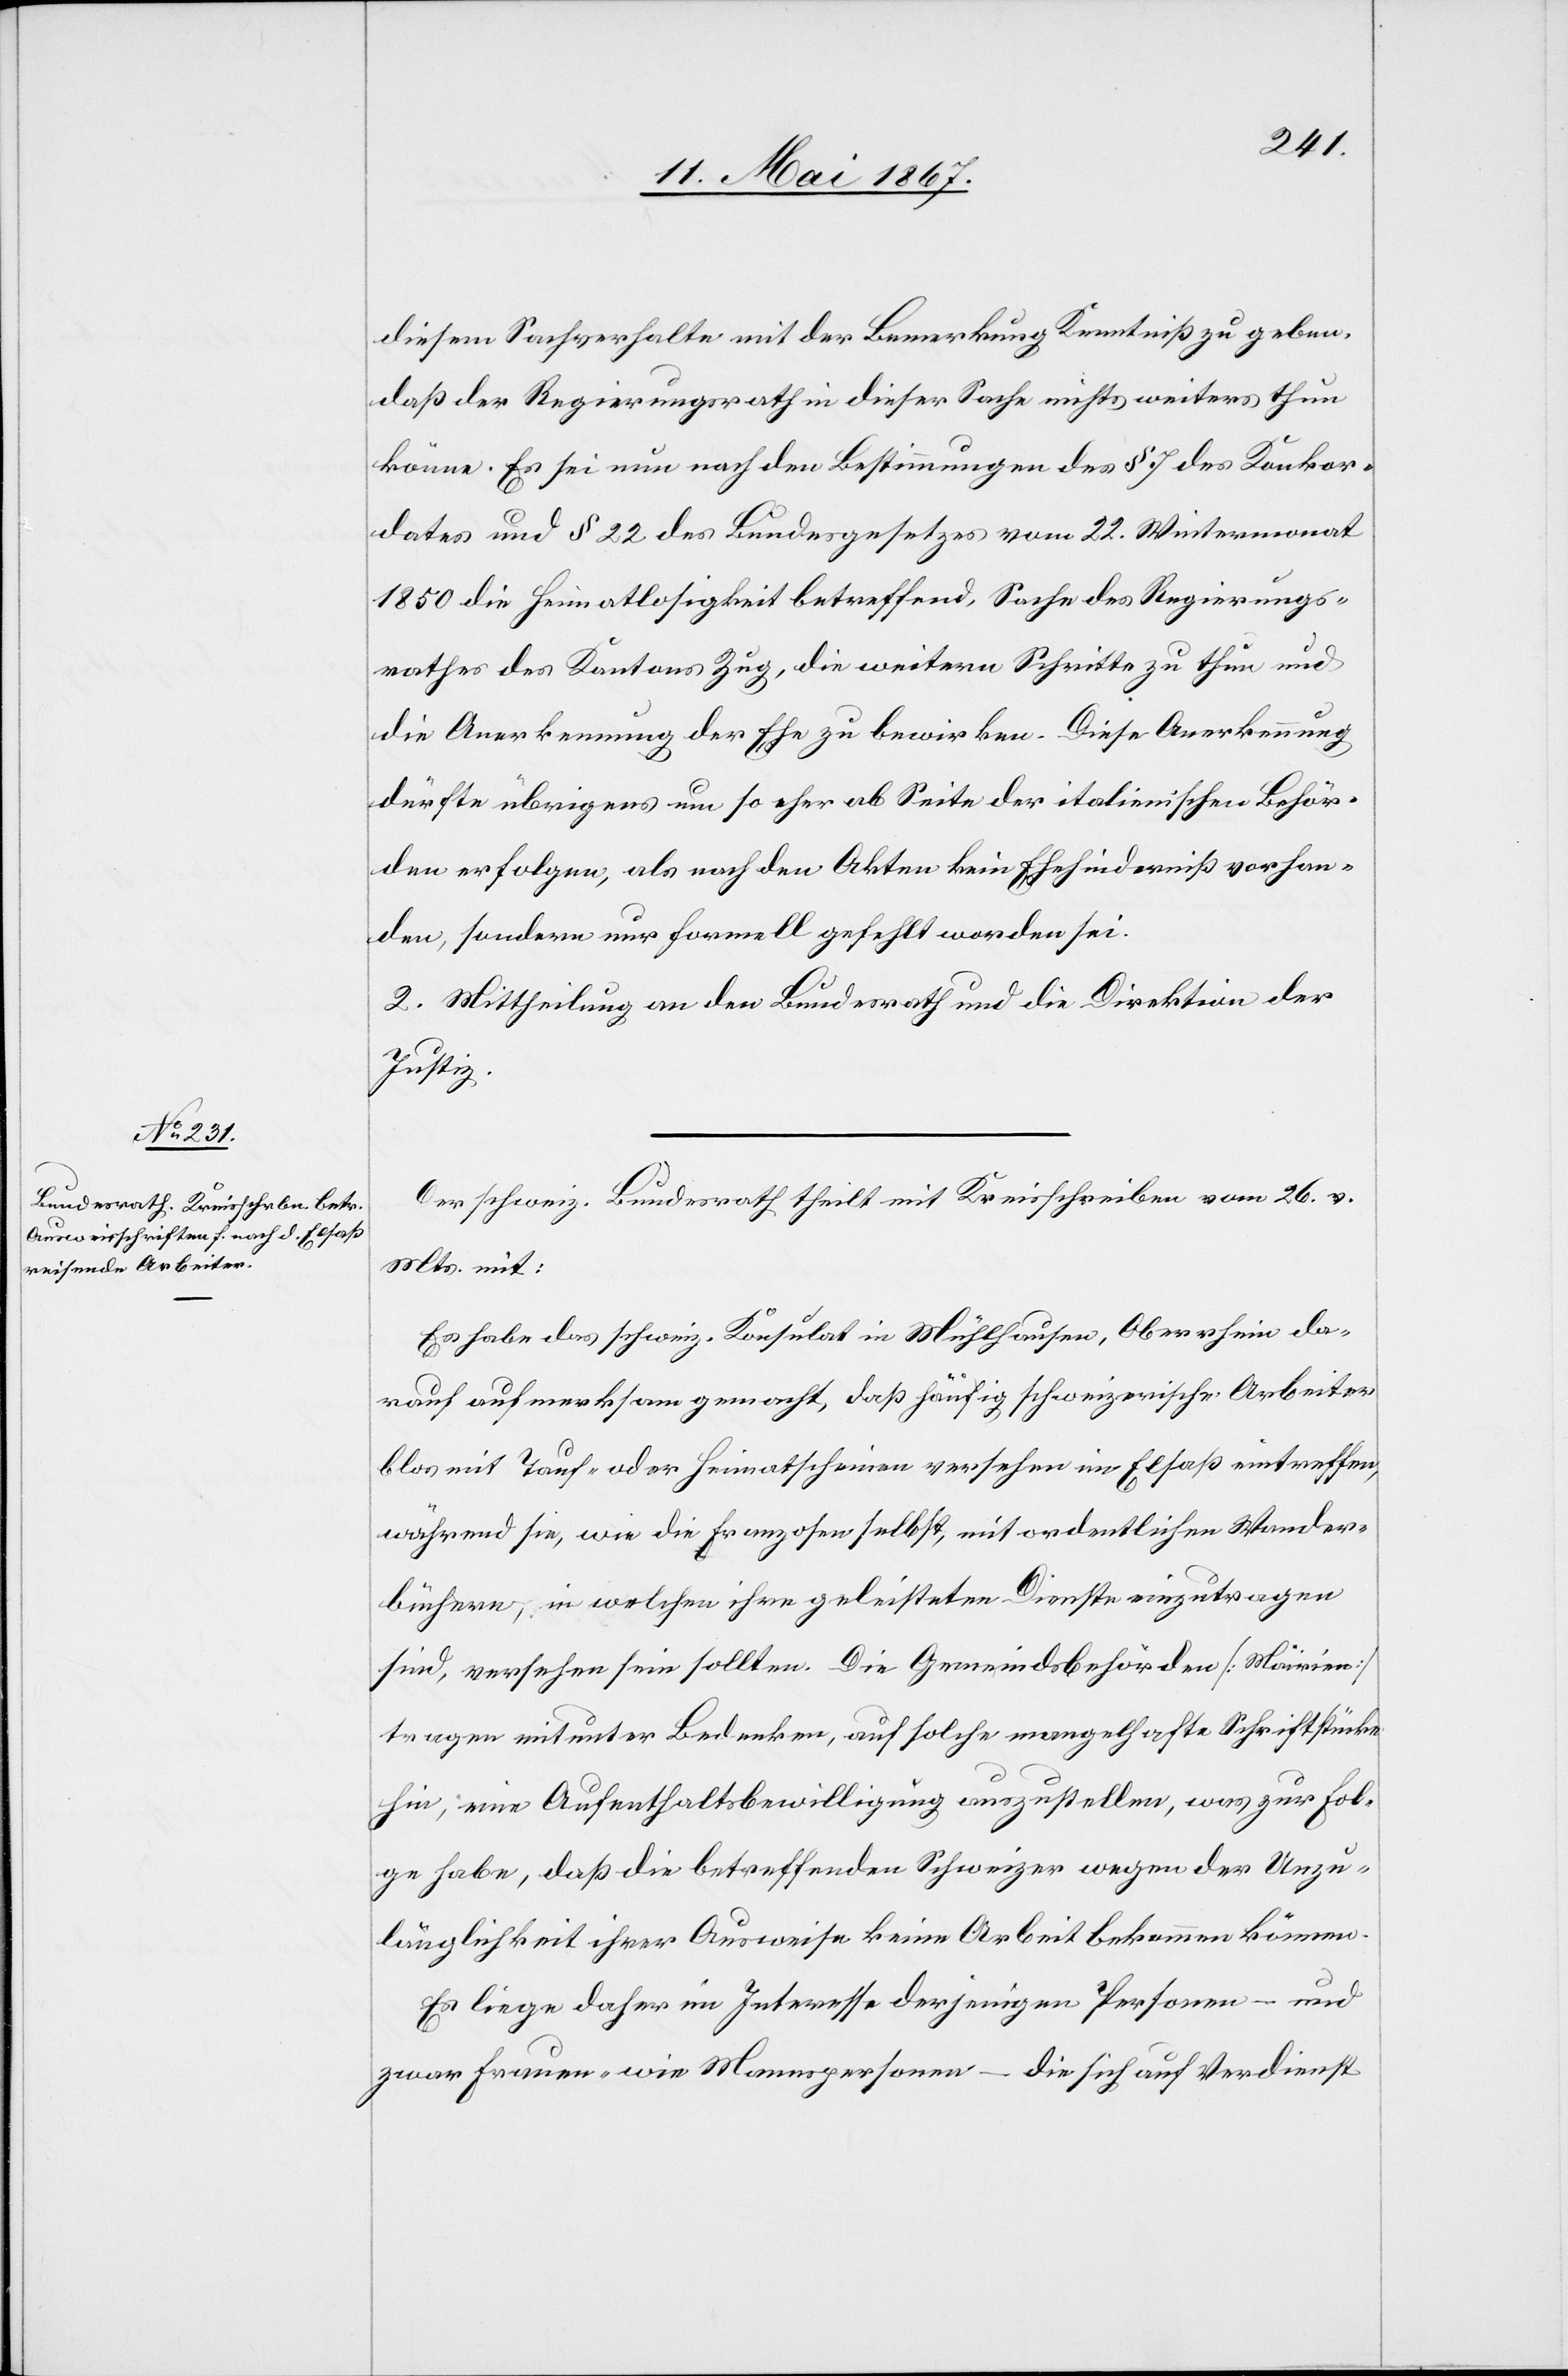
diesem Sachverhalte mit der Bemerkung Kenntniß zu geben,
daß der Regierungsrath in dieser Sache nichts weiteres thun
könne. Es sei nun nach den Bestimmungen des § 7 des Konkor¬
dates und § 22 des Bundesgesetzes vom 22. Wintermonat
1850 die Heimatlosigkeit betreffend, Sache des Regierungs¬
rathes des Kantons Zug, die weitern Schritte zu thun und
die Anerkennung der Ehe zu bewirken. Diese Anerkennung
dürfte übrigens um so eher ab Seite der italienischen Behör¬
den erfolgen, als nach den Akten kein Ehehinderniß vorhan¬
den, sondern nur formell gefehlt worden sei.
2. Mittheilung an den Bundesrath und die Direktion der
Justiz.
Der schweiz. Bundesrath theilt mit Begleitschreiben vom 26. v.
Mts. mit:
Es habe das schweiz. Konsulat in Mühlhausen, Oberrhein da¬
rauf aufmerksam gemacht, daß häufig schweizerische Arbeiter
blos mit Tauf- und Heimatscheinen versehen in Elsaß eintreffen,
während sie, wie die Franzosen selbst, mit ordentlichen Wander¬
büchern, in welchen ihre geleisteten Dienste einzutragen
sind, versehen sein sollten. Die Gemeindsbehörden [Mairien]
tragen mitunter Bedenken, auf solche mangelhafte Schriftstücke
hin, eine Aufenthaltsbewilligung auszustellen, was zur Fol¬
ge habe, daß die betreffenden Schweizer wegen der Unzu¬
länglichkeit ihrer Ausweise keine Arbeit bekommen können.
Es liege daher im Interesse derjenigen Personen – und
zwar Frauen- wie Mannspersonen – die sich auf Verdienst